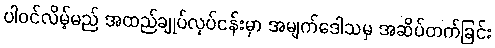
ပါဝင်လိမ့်မည် အထည်ချုပ်လုပ်ငန်းမှာ အမျက်ဒေါသမှ အဆိပ်တက်ခြင်း